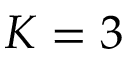
K = 3